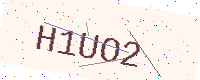
Text: H1UO2